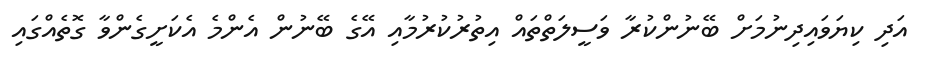
އަދި ކިޔަވައިދިނުމަށް ބޭނުންކުރާ ވަސީލަތްތައް އިތުރުކުރުމާއި އޭގެ ބޭނުން އެންމެ އެކަށީގެންވާ ގޮތެއްގައި